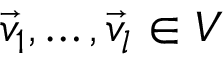
\vec { v } _ { 1 } , \dotsc , \vec { v } _ { l } \in V